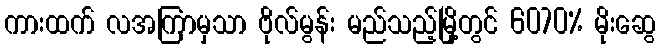
ကားထက် လအကြာမှသာ ဗိုလ်မွန်း မည်သည့်မြို့တွင် 6070% မိုးဆွေ